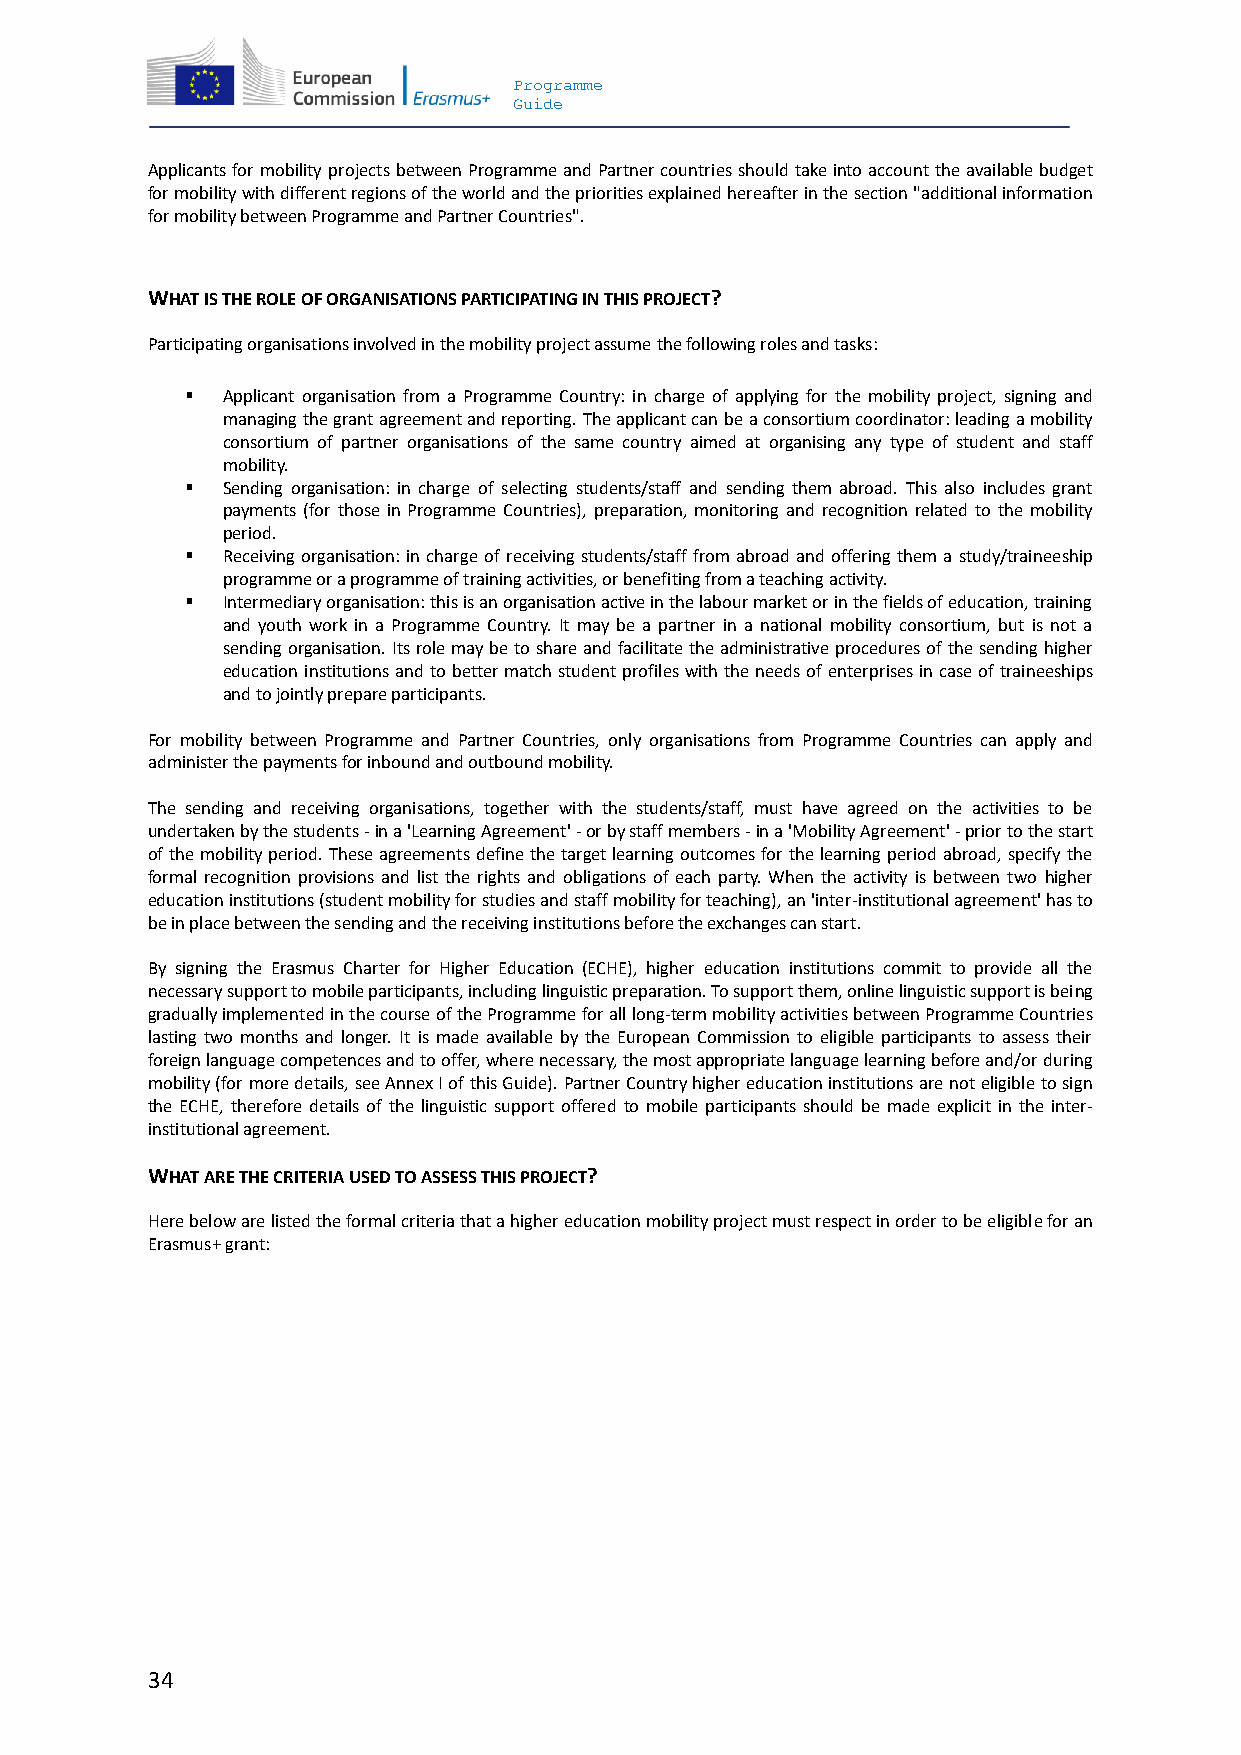
Programme
 Guide
 Applicants for mobility projects between Programme and Partner countries should take into account the available budget
 for mobility with different regions of the world and the priorities explained hereafter in the section "additional information
 for mobility between Programme and Partner Countries".
 WHAT IS THE ROLE OF ORGANISATIONS PARTICIPATING IN THIS PROJECT?
 Participating organisations involved in the mobility project assume the following roles and tasks:
   Applicant organisation from a Programme Country: in charge of applying for the mobility project, signing and
 managing the grant agreement and reporting. The applicant can be a consortium coordinator: leading a mobility
 consortium of partner organisations of the same country aimed at organising any type of student and staff
 mobility.
   Sending organisation: in charge of selecting students/staff and sending them abroad. This also includes grant
 payments (for those in Programme Countries), preparation, monitoring and recognition related to the mobility
 period.
   Receiving organisation: in charge of receiving students/staff from abroad and offering them a study/traineeship
 programme or a programme of training activities, or benefiting from a teaching activity.
   Intermediary organisation: this is an organisation active in the labour market or in the fields of education, training
 and youth work in a Programme Country. It may be a partner in a national mobility consortium, but is not a
 sending organisation. Its role may be to share and facilitate the administrative procedures of the sending higher
 education institutions and to better match student profiles with the needs of enterprises in case of traineeships
 and to jointly prepare participants.
 For mobility between Programme and Partner Countries, only organisations from Programme Countries can apply and
 administer the payments for inbound and outbound mobility.
 The sending and receiving organisations, together with the students/staff, must have agreed on the activities to be
 undertaken by the students - in a 'Learning Agreement' - or by staff members - in a 'Mobility Agreement' - prior to the start
 of the mobility period. These agreements define the target learning outcomes for the learning period abroad, specify the
 formal recognition provisions and list the rights and obligations of each party. When the activity is between two higher
 education institutions (student mobility for studies and staff mobility for teaching), an 'inter-institutional agreement' has to
 be in place between the sending and the receiving institutions before the exchanges can start.
 By signing the Erasmus Charter for Higher Education (ECHE), higher education institutions commit to provide all the
 necessary support to mobile participants, including linguistic preparation. To support them, online linguistic support is being
 gradually implemented in the course of the Programme for all long-term mobility activities between Programme Countries
 lasting two months and longer. It is made available by the European Commission to eligible participants to assess their
 foreign language competences and to offer, where necessary, the most appropriate language learning before and/or during
 mobility (for more details, see Annex I of this Guide). Partner Country higher education institutions are not eligible to sign
 the ECHE, therefore details of the linguistic support offered to mobile participants should be made explicit in the inter-
 institutional agreement.
 WHAT ARE THE CRITERIA USED TO ASSESS THIS PROJECT?
 Here below are listed the formal criteria that a higher education mobility project must respect in order to be eligible for an
 Erasmus+ grant:
 34